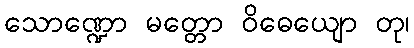
သောဏ္ဍော မတ္တော ဝိဓေယျော တု၊